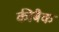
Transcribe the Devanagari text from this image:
कीबैक